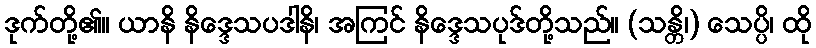
ဒုက်တို့၏။ ယာနိ နိဒ္ဒေသပဒါနိ၊ အကြင် နိဒ္ဒေသပုဒ်တို့သည်။ (သန္တိ၊) သေပ္ပိ၊ ထို